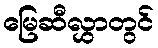
မြေဆီလွှာတွင်